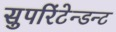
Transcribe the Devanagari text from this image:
सुपरिंटेन्डन्ट